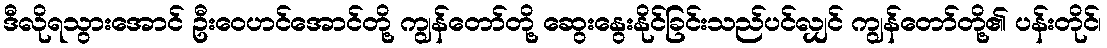
ဒီလိုရသွားအောင် ဦးဝေဟင်အောင်တို့ ကျွန်တော်တို့ ဆွေးနွေးနိုင်ခြင်းသည်ပင်လျှင် ကျွန်တော်တို့၏ ပန်းတိုင်၊